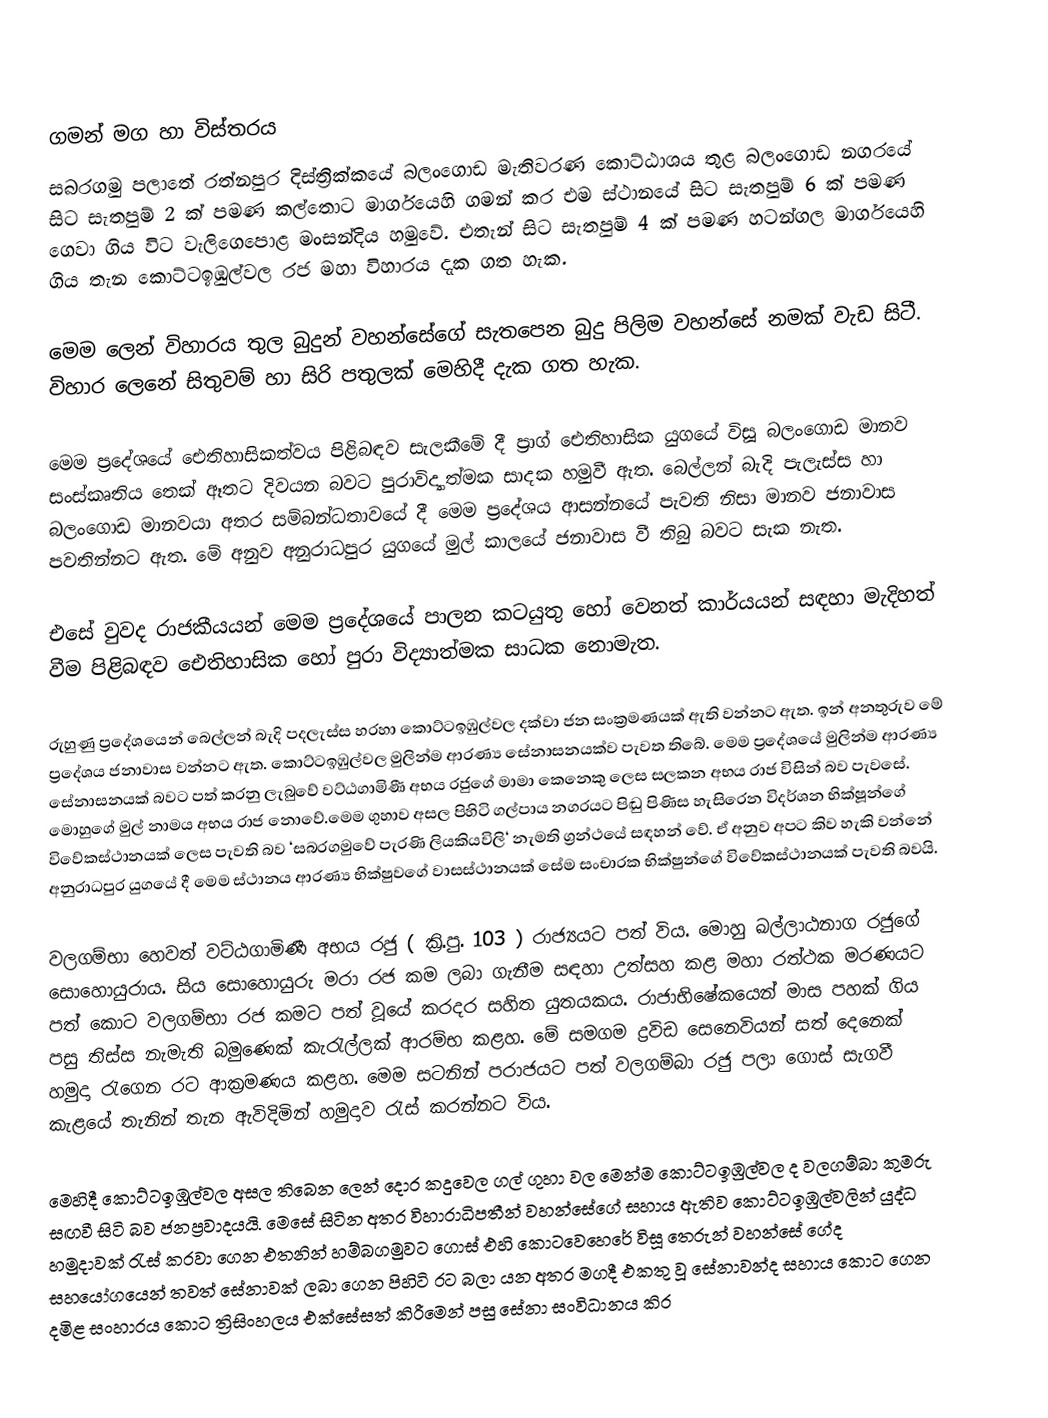

ගමන් මග හා විස්තරය
සබරගමු පලාතේ රත්නපුර දිස්ත්‍රික්කයේ බලංගොඩ මැතිවරණ කොට්ඨාශය තුළ බලංගොඩ නගරයේ සිට සැතපුම් 2 ක් පමණ කල්තොට මාර්ගයෙහි ගමන් කර එම ස්ථානයේ සිට සැතපුම් 6 ක් පමණ ගෙවා ගිය විට වැලිගෙපොළ මංසන්දිය හමුවේ. එතැන් සිට සැතපුම් 4 ක් පමණ හටන්ගල මාර්ගයෙහි ගිය තැන කොට්ටඉඹුල්වල රජ මහා විහාරය දැක ගත හැක.

මෙම ලෙන් විහාරය තුල බුදුන් වහන්සේගේ සැතපෙන බුදු පිලිම වහන්සේ නමක් වැඩ සිටී. විහාර ලෙනේ සිතුවම් හා සිරි පතුලක් මෙහිදී දැක ගත හැක.

මෙම ප්‍රදේශයේ ඓතිහාසිකත්වය පිළිබඳව සැලකීමේ දී ප්‍රාග් ඓතිහාසික යුගයේ විසූ බලංගොඩ මානව සංස්කෘතිය තෙක් ඈතට දිවයන බවට පුරාවිද්‍යාත්මක සාදක හමුවී ඇත. බෙල්ලන් බැදි පැලැස්ස හා බලංගොඩ මානවයා අතර සම්බන්ධතාවයේ දී මෙම ප්‍රදේශය ආසන්නයේ පැවති නිසා මානව ජනාවාස පවතින්නට ඇත. මේ අනුව අනුරාධපුර යුගයේ මුල් කාලයේ ජනාවාස වී තිබු බවට සැක නැත.

එසේ වුවද රාජකීයයන් මෙම ප්‍රදේශයේ පාලන කටයුතු හෝ වෙනත් කාර්යයන් සඳහා මැදිහත් වීම පිළිබඳව ඓතිහාසික හෝ පුරා විද්‍යාත්මක සාධක නොමැත.

රුහුණු ප්‍රදේශයෙන් බෙල්ලන් බැදි පදලැස්ස හරහා කොට්ටඉඹුල්වල දක්වා ජන සංක්‍රමණයක් ඇති වන්නට ඇත. ඉන් අනතුරුව මේ ප්‍රදේශය ජනාවාස වන්නට ඇත. කොට්ටඉඹුල්වල මුලින්ම ආරණ්‍ය සේනාසනයක්ව පැවත තිබේ. මෙම ප්‍රදේශයේ මුලින්ම ආරණ්‍ය සේනාසනයක් බවට පත් කරනු ලැබුවේ වට්ඨගාමිණී අභය රජුගේ මාමා කෙනෙකු ලෙස සලකන අභය රාජ විසින් බව පැවසේ. මොහුගේ මුල් නාමය අභය රාජ නොවේ.මෙම ගුහාව අසල පිහිටි ගල්පාය නගරයට පිඬු පිණිස හැසිරෙන විදර්ශන භික්ෂූන්ගේ විවේකස්ථානයක් ලෙස පැවති බව ‘සබරගමුවේ පැරණි ලියකියවිලි‘ නැමති ග්‍රන්ථයේ සඳහන් වේ. ඒ අනුව අපට කිව හැකි වන්නේ අනුරාධපුර යුගයේ දී මෙම ස්ථානය ආරණ්‍ය භික්ෂුවගේ වාසස්ථානයක් සේම සංචාරක භික්ෂුන්ගේ විවේකස්ථානයක් පැවති බවයි.

වලගම්භා හෙවත් වට්ඨගාමිණී අභය රජු ( ක්‍රි.පු. 103 ) රාජ්‍යයට පත් විය. මොහු ඛල්ලාඨනාග රජුගේ සොහොයුරාය. සිය සොහොයුරු මරා රජ කම ලබා ගැනීම සඳහා උත්සහ කළ මහා රත්ථක මරණයට පත් කොට වලගම්භා රජ කමට පත් වූයේ කරදර සහිත යුතයකය. රාජාභිෂේකයෙන් මාස පහක් ගිය පසු තිස්ස නැමැති බමුණෙක් කැරැල්ලක් ආරම්භ කළහ. මේ සමගම ද්‍රවිඩ සෙනෙවියන් සත් දෙනෙක් හමුදා රැගෙන රට ආක්‍රමණය කළහ. මෙම සටනින් පරාජයට පත් වලගම්බා රජු පලා ගොස් සැගවී කැළයේ තැනින් තැන ඇවිදිමින් හමුදාව රැස් කරන්නට විය.

මෙහිදී කොට්ටඉඹුල්වල අසල තිබෙන ලෙන් දොර කදුවෙල ගල් ගුහා වල මෙන්ම කොට්ටඉඹුල්වල ද වලගම්බා කුමරු සඟවී සිටි බව ජනප්‍රවාදයයි. මෙසේ සිටින අතර විහාරාධිපතීන් වහන්සේගේ සහාය ඇතිව කොට්ටඉඹුල්වලින් යුද්ධ හමුදාවක් රැස් කරවා ගෙන එතනින් හම්බගමුවට ගොස් එහි කොටවෙහෙරේ විසූ තෙරුන් වහන්සේ ගේද සහයෝගයෙන් තවත් සේනාවක් ලබා ගෙන පිහිටි රට බලා යන අතර මගදී එකතු වූ සේනාවන්ද සහාය කොට ගෙන දමිළ සංහාරය කොට ත්‍රිසිංහලය එක්සේසත් කිරීමෙන් පසු සේනා සංවිධානය කිර